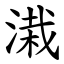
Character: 溨